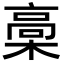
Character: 槀